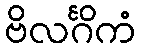
ဗိလင်္ဂိကံ